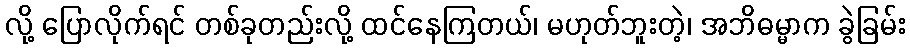
လို့ ပြောလိုက်ရင် တစ်ခုတည်းလို့ ထင်နေကြတယ်၊ မဟုတ်ဘူးတဲ့၊ အဘိဓမ္မာက ခွဲခြမ်း